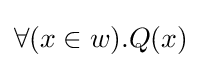
\forall (x\in w).Q(x)